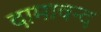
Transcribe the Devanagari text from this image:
दामावन्द